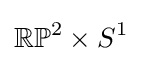
\mathbb {R} \mathbb {P} ^{2}\times S^{1}